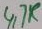
Text: 4,7K